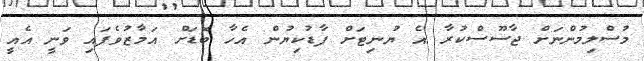
މުސްލިމުންނަށް ޖާސޫސްކުރާ އެ ޔުނިޓަށް ފާޑުކިޔުން އެހާ ބޮޑަށް އަމާޒުވެފައި ވަނީ އެއީ